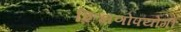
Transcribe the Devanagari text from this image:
शिक्षणोपयोगी